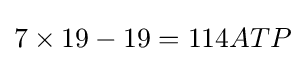
7\times 19-19=114ATP